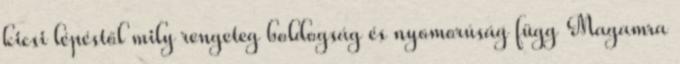
kicsi lépéstől mily rengeteg boldogság és nyomorúság függ Magamra